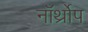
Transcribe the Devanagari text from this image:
नॉर्थ्रोप